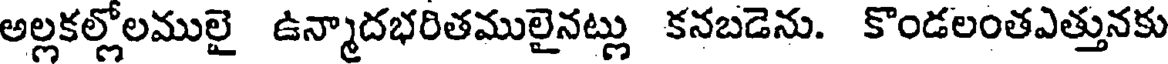
అల్లకల్లోలములై ఉన్మాదభరితములైనట్లు కనబడెను. కొండలంతఎత్తునకు